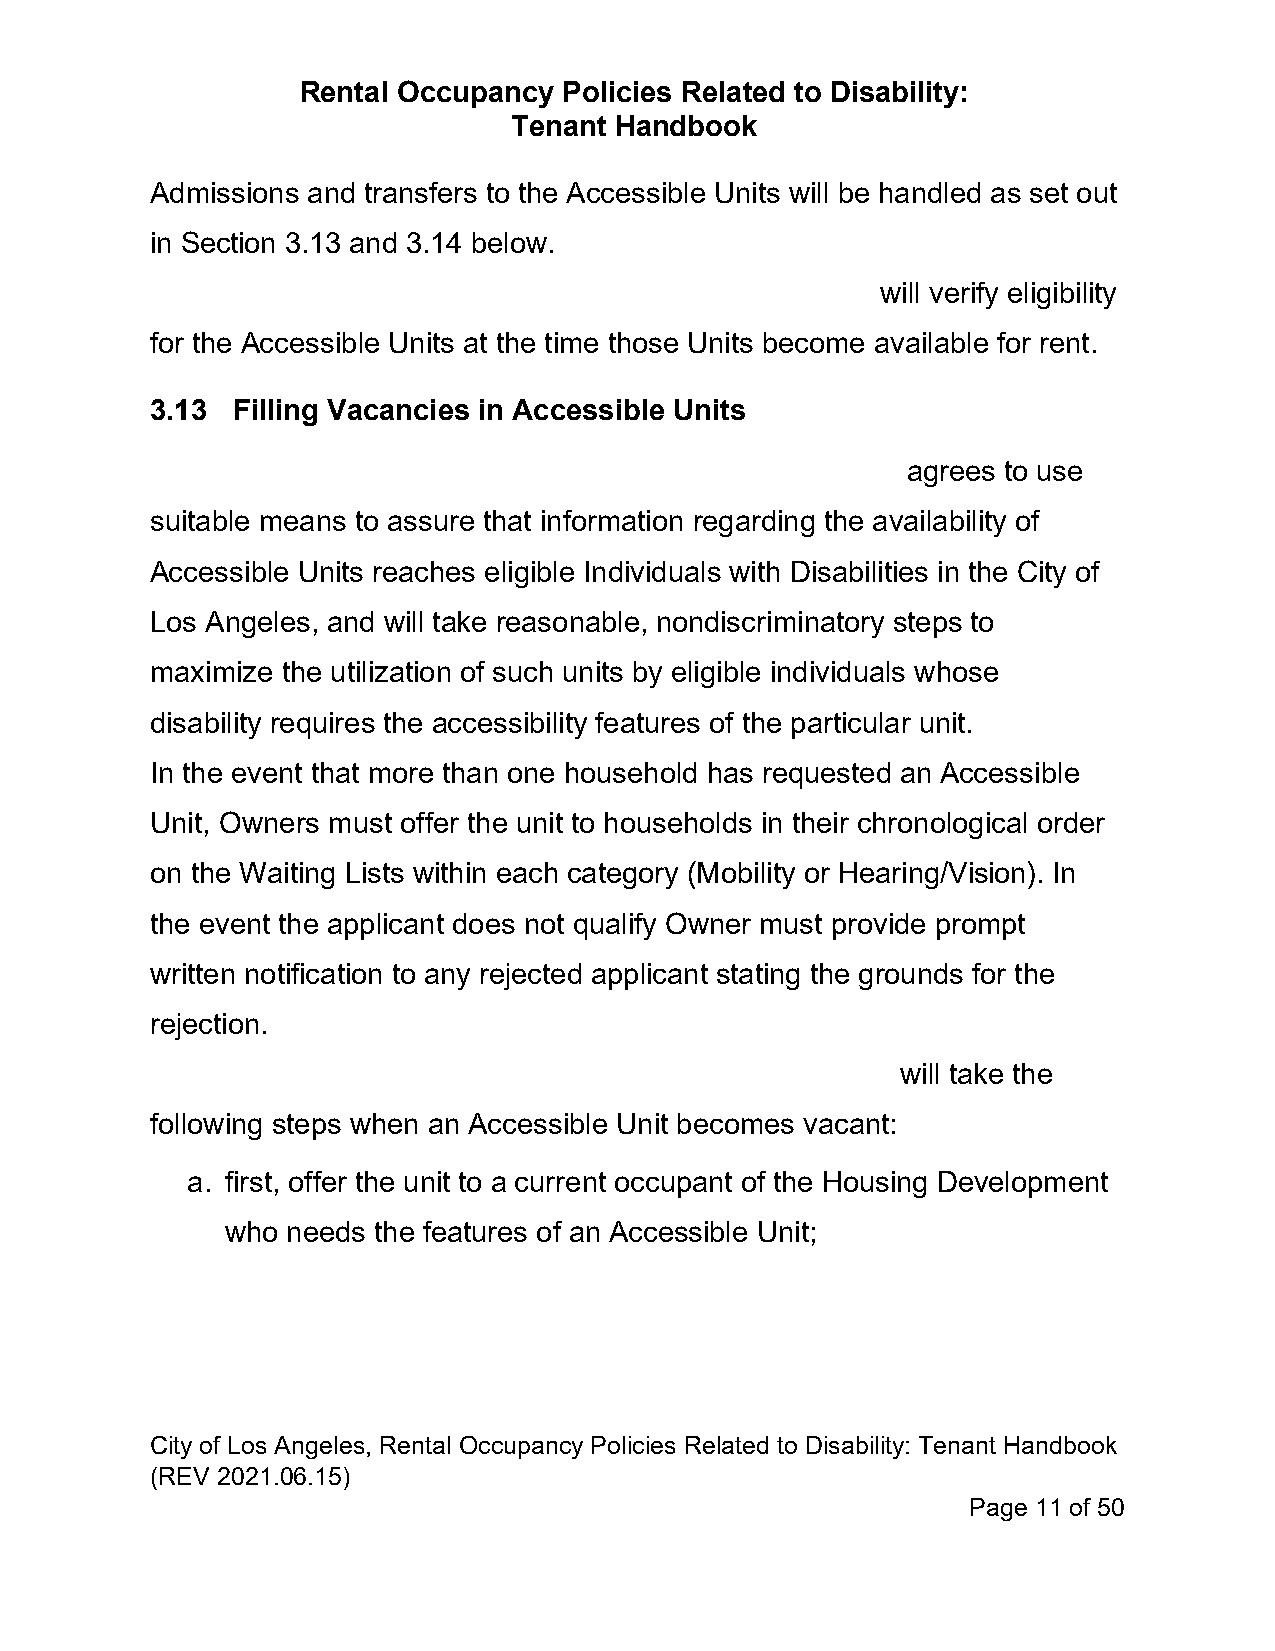
Rental Occupancy Policies Related to Disability:
 Tenant Handbook
 Admissions and transfers to the Accessible Units will be handled as set out
 in Section 3.13 and 3.14 below.
 will verify eligibility
 for the Accessible Units at the time those Units become available for rent.
 3.13 Filling Vacancies in Accessible Units
 agrees to use
 suitable means to assure that information regarding the availability of
 Accessible Units reaches eligible Individuals with Disabilities in the City of
 Los Angeles, and will take reasonable, nondiscriminatory steps to
 maximize the utilization of such units by eligible individuals whose
 disability requires the accessibility features of the particular unit.
 In the event that more than one household has requested an Accessible
 Unit, Owners must offer the unit to households in their chronological order
 on the Waiting Lists within each category (Mobility or Hearing/Vision). In
 the event the applicant does not qualify Owner must provide prompt
 written notification to any rejected applicant stating the grounds for the
 rejection.
 will take the
 following steps when an Accessible Unit becomes vacant:
 a. first, offer the unit to a current occupant of the Housing Development
 who needs the features of an Accessible Unit;
 City of Los Angeles, Rental Occupancy Policies Related to Disability: Tenant Handbook
 (REV 2021.06.15)
 Page 11 of 50